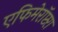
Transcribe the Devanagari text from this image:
एफिमेरॉप्टरा